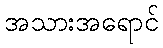
အသားအရောင်